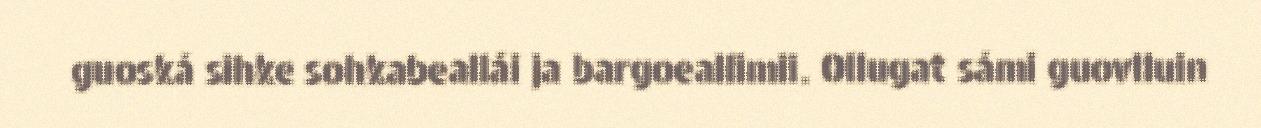
guoská sihke sohkabeallái ja bargoeallimii. Ollugat sámi guovlluin